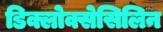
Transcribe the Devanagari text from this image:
डिक्लोक्सेसिलिन